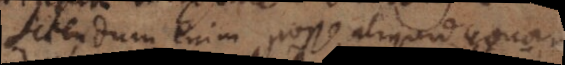
Sciendum enim posse aliquid conari